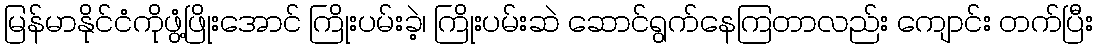
မြန်မာနိုင်ငံကိုဖွံ့ဖြိုးအောင် ကြိုးပမ်းခဲ့၊ ကြိုးပမ်းဆဲ ဆောင်ရွက်နေကြတာလည်း ကျောင်း တက်ပြီး